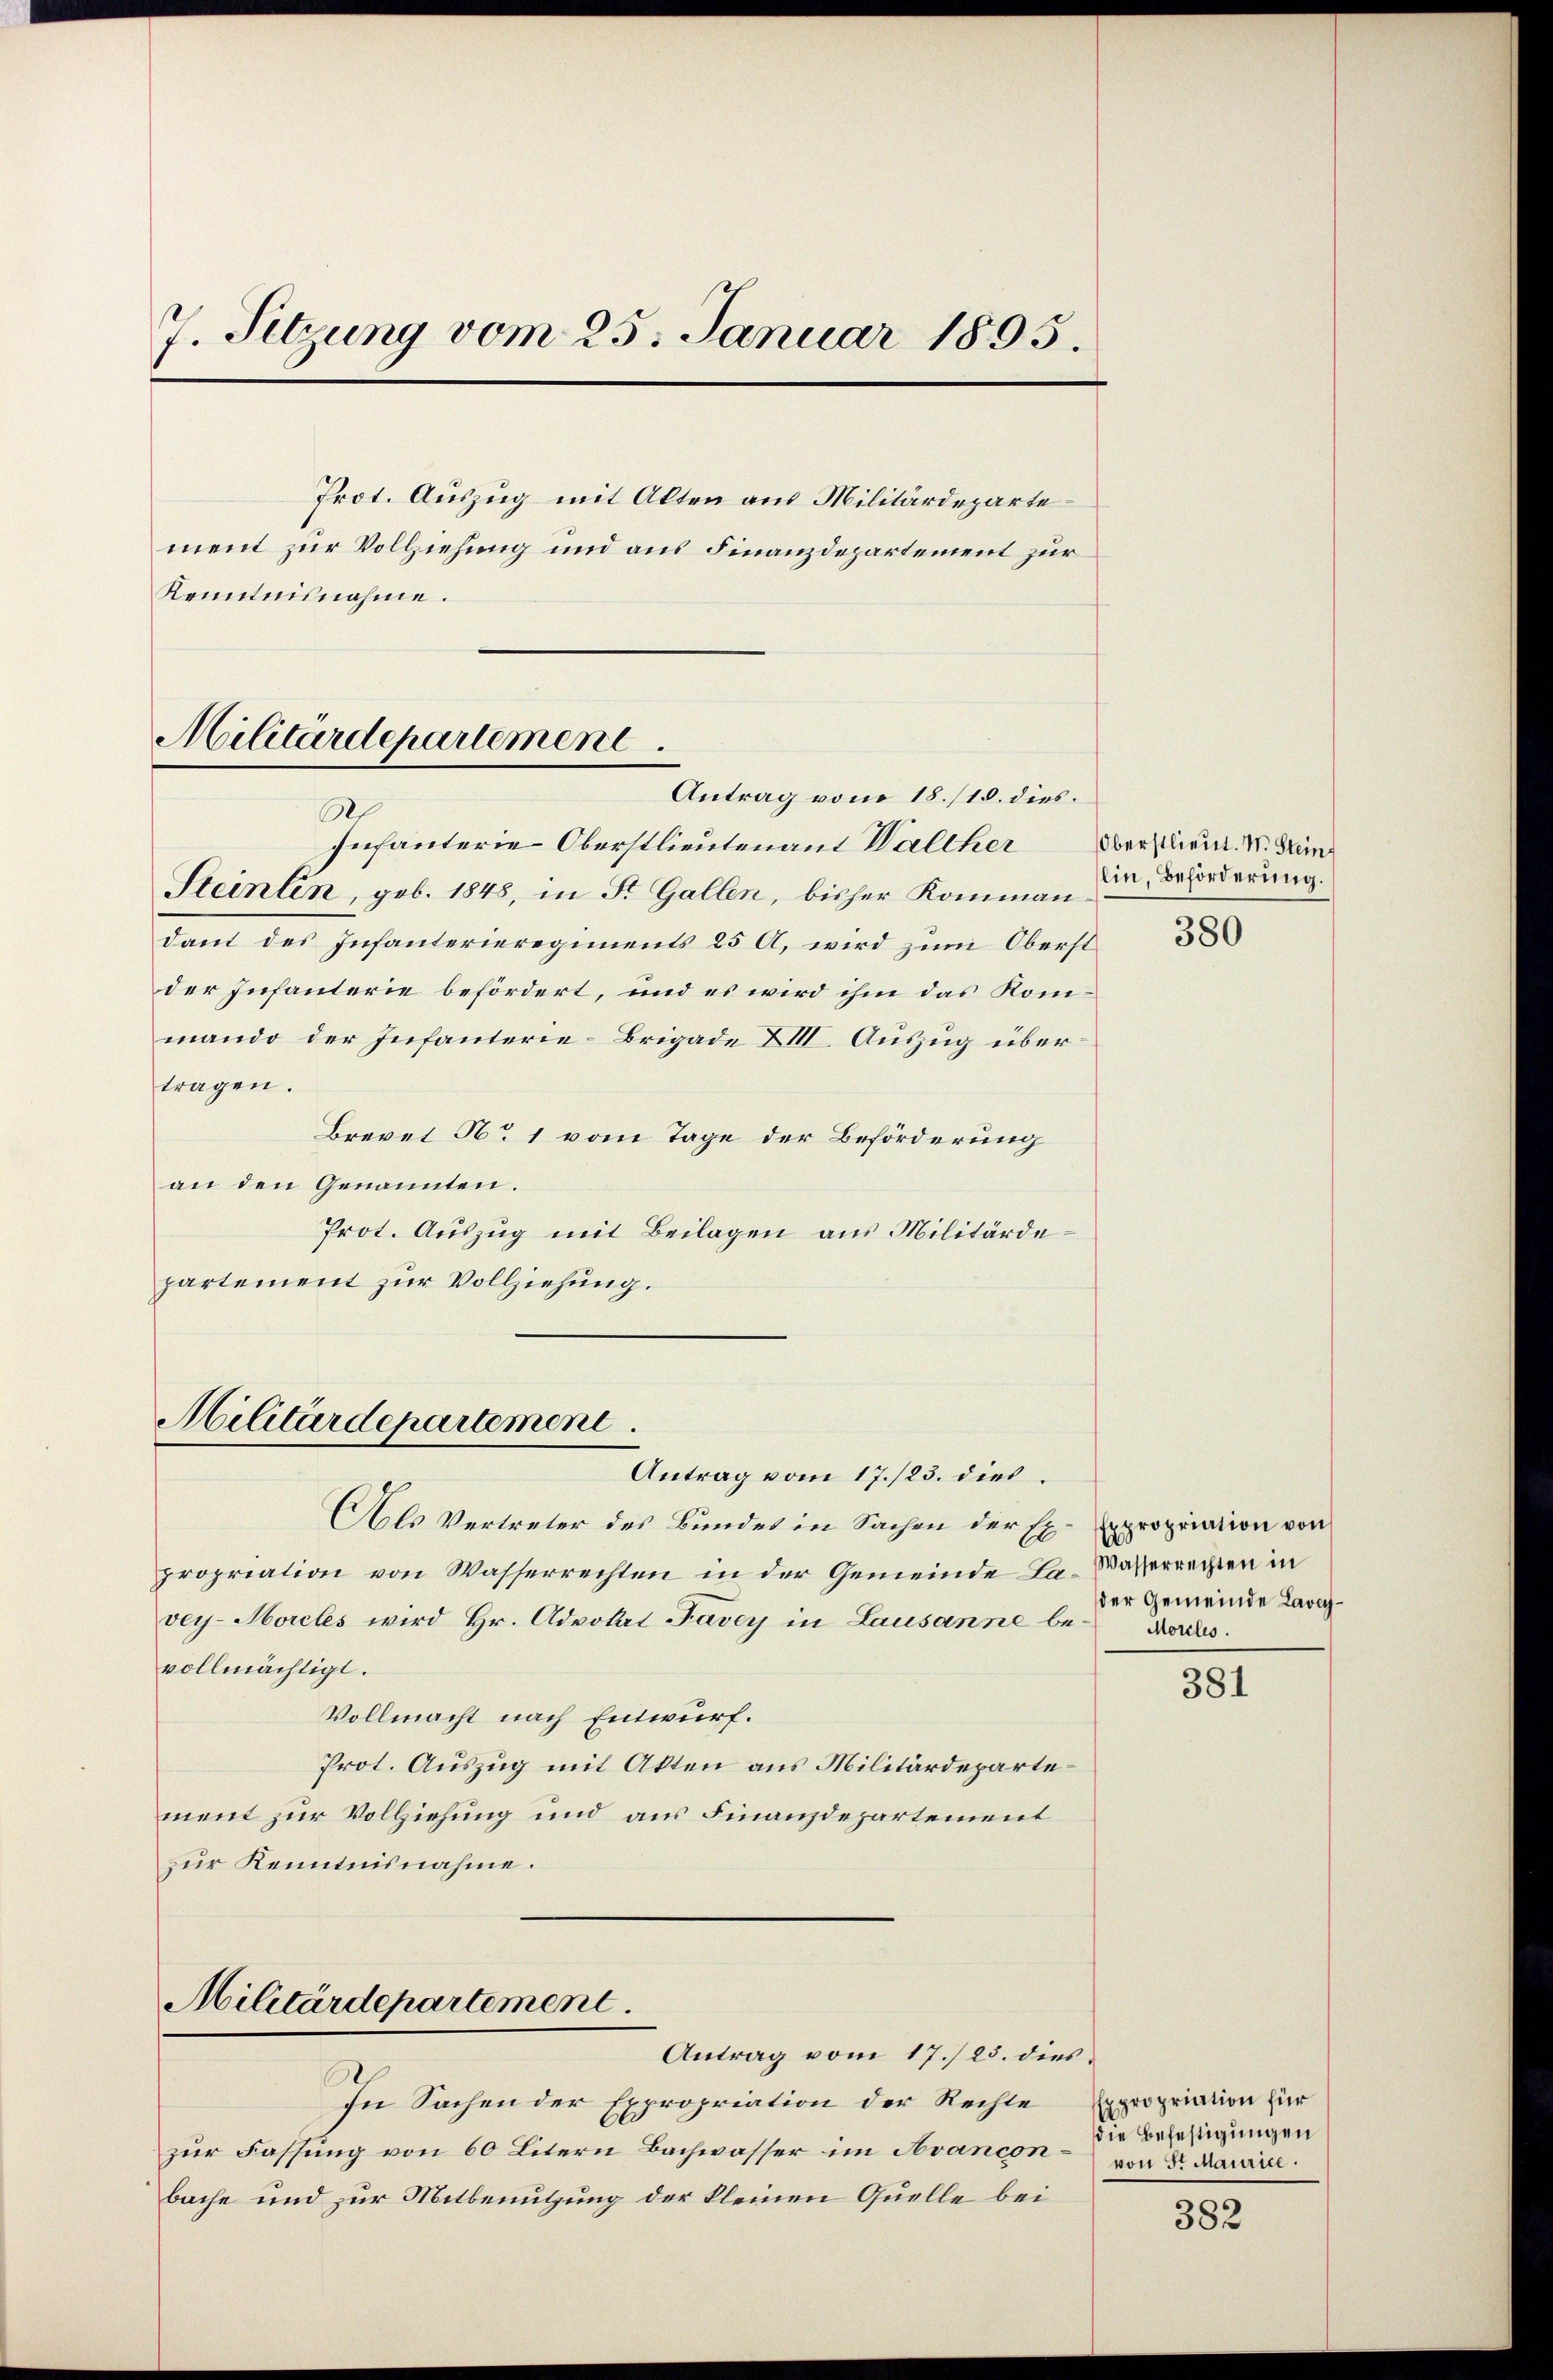
J. Sitzung vom 25. Januar 1895.
Prot. Auszug mit Alten aus Militärdeparte
ment zur Vollziehung und aus Finanzdepartement zur
Kenntnisnahme.
Militärdepartement

A
Infanterie-Oberstlieutenant Walther
Steinlin, geb. 1848, in St. Gallen, bisher Kommandant des Infanterieregiments 25 A, wird zum Oberst
der Infanterie befördert, und es wird ihm das Kommando der Infanterie-Brigade XIII. Auszug übertragen.
Brevet No 1 vom Tage der Beförderung
an den Genannten.
Prot. Auszug mit Beilagen aus Militärdepartement zur Vollziehung.

Militärdepartemen

Militärdepartement

Antrag vom 18./18. dies.

Antrag vom 17./23. dies
Als Vertreter des Bundes in Sachen der Expropriation von Wasserrechten in der Gemeinde La- Wasserrechten in
vey-Moreles wird Hr. Advokat Favey in Lausanne bevollmächtigt.
Vollmacht nach Entwurf.
Prot. Auszug mit Akten aus Militärdepartement zur Vollziehung und aus Finanzdepartement
zur Kenntnisnahme.

In Sachen der Expropriation der Rechte
zur Fassung von 60 Litern Bachwasser im Avanconbache und zur Mitbenutzung der kleinen Quelle bei

Antrag vom 17./23. dies

Oberstlieut. W. Stein
lin, Beförderung.

380

Expropriation von
der Gemeinde Lavas¬
Morels.

381

Expropriation für
die Befestigungen
von Sr Maurice.

382